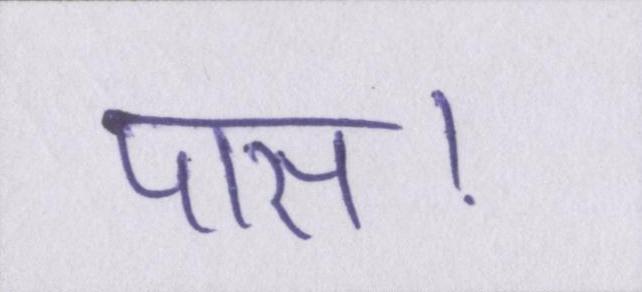
पास।